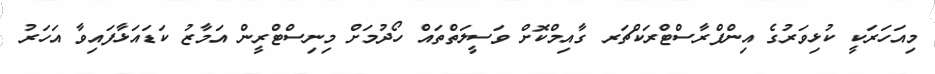
މިއަހަރަކީ ކުޅިވަރުގެ އިންފްރާސްޓްރަކްޗަރ ގާއިމްކޮށް ވަސީލަތްތައް ހޯދުމަށް މިނިސްޓްރީން އަމާޒު ކަޑައަޅާފައިވާ އަހަރު